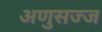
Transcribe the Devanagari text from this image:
अणुसज्ज